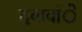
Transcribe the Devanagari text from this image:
दबावांे